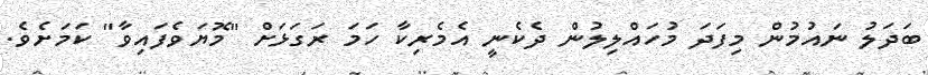
ބަދަލު ނައުމުން މިފަދަ މުހައްލިލުން ދެކެނީ އެމެރިކާ ހަމަ ރަގަޅަށް "މޮޔަވެފައިވާ" ކަމަށެވެ.